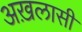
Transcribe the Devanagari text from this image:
अख़लासी